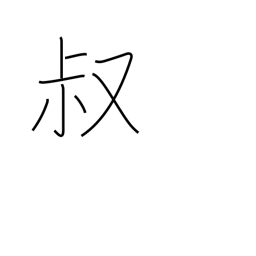
Meaning: youth